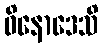
ဝိနောဒေသိ